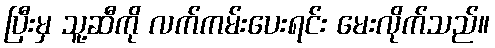
ပြီးမှ သူ့ဆီကို လက်ကမ်းပေးရင်း မေးလိုက်သည်။